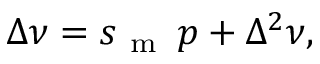
\begin{array} { r } { \Delta \nu = s _ { \mathrm { ~ m ~ } } \, p + \Delta ^ { 2 } \nu , } \end{array}